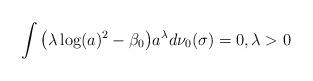
LaTeX: \begin{gather*}\int\big(\lambda \log (a)^2-\beta_0\big)a^{\lambda}d\nu_0(\sigma)=0,\lambda>0\end{gather*}